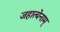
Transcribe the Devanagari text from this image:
जहात्येनाम्‌